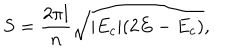
S = \frac { 2 \pi l } { n } \sqrt { | E _ { c } | ( 2 E - E _ { c } ) } ,